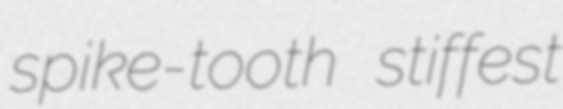
spike-tooth stiffest